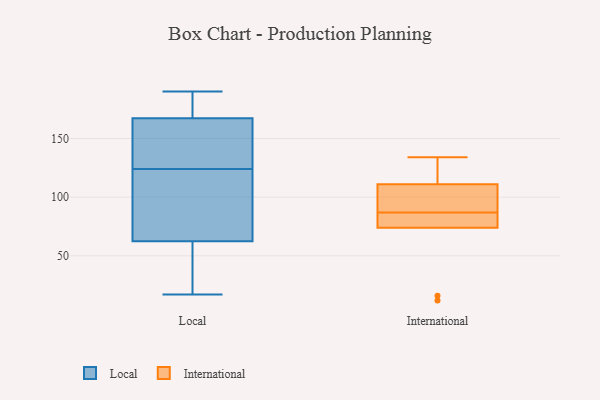
{"axis": {"x": "Budget (USD K)", "y": "Value"}, "legend": ["International", "Local"], "data": [{"x": "", "y": 124, "type": "Local"}, {"x": "", "y": 149, "type": "Local"}, {"x": "", "y": 189, "type": "Local"}, {"x": "", "y": 190, "type": "Local"}, {"x": "", "y": 51, "type": "Local"}, {"x": "", "y": 150, "type": "Local"}, {"x": "", "y": 173, "type": "Local"}, {"x": "", "y": 62, "type": "Local"}, {"x": "", "y": 64, "type": "Local"}, {"x": "", "y": 17, "type": "Local"}, {"x": "", "y": 123, "type": "Local"}, {"x": "", "y": 134, "type": "International"}, {"x": "", "y": 74, "type": "International"}, {"x": "", "y": 78, "type": "International"}, {"x": "", "y": 117, "type": "International"}, {"x": "", "y": 12, "type": "International"}, {"x": "", "y": 85, "type": "International"}, {"x": "", "y": 16, "type": "International"}, {"x": "", "y": 103, "type": "International"}, {"x": "", "y": 89, "type": "International"}, {"x": "", "y": 111, "type": "International"}]}